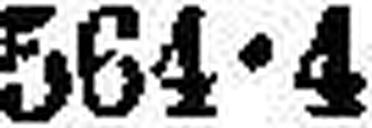
564•4